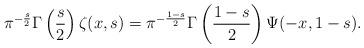
LaTeX: \begin{align*}\pi^{-\frac{s}{2}}\Gamma\left(\frac{s}{2}\right)\zeta(x,s)=\pi^{-\frac{1-s}{2}}\Gamma\left(\frac{1-s}{2}\right)\Psi(-x,1-s).\end{align*}